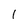
Character: 1